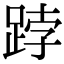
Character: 𨁝